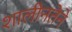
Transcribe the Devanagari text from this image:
शालीनतेने